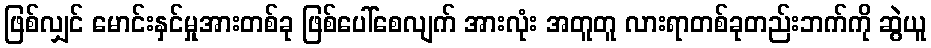
ဖြစ်လျှင် မောင်းနှင်မှုအားတစ်ခု ဖြစ်ပေါ်စေလျက် အားလုံး အတူတူ လားရာတစ်ခုတည်းဘက်ကို ဆွဲယူ